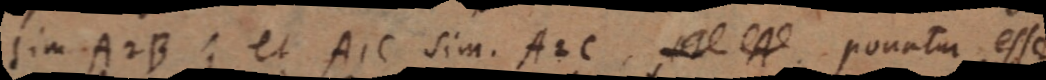
sim A2B; et AIC sim. A2C, et A ponatur esse